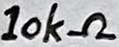
Text: 10kΩ